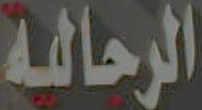
الرحالة